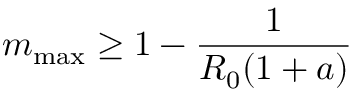
m _ { \mathrm { m a x } } \geq 1 - \frac { 1 } { R _ { 0 } ( 1 + a ) }